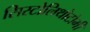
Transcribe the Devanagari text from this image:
सिस्टोलिथोटोमी